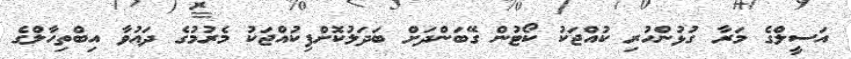
އަސީލްގެ މަރާ ގުޅުންހުރި ކުއްޖަކު ކޯޓުން ގޭބަންދަށް ބަދަލުކޮށްފިކުއްޖަކު މެރުމުގެ ދައުވާ އިބްތިހާލްގެ